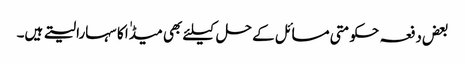
بعض دفعہ حکومتی مسائل کے حل کیلئے بھی میڈٰا کا سہارا لیتے ہیں۔